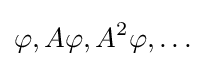
\varphi ,A\varphi ,A^{2}\varphi ,\ldots